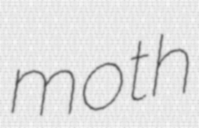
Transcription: moth